Report on vaccination in Madras 1904-1921 - 1904-1921
Year: 1904
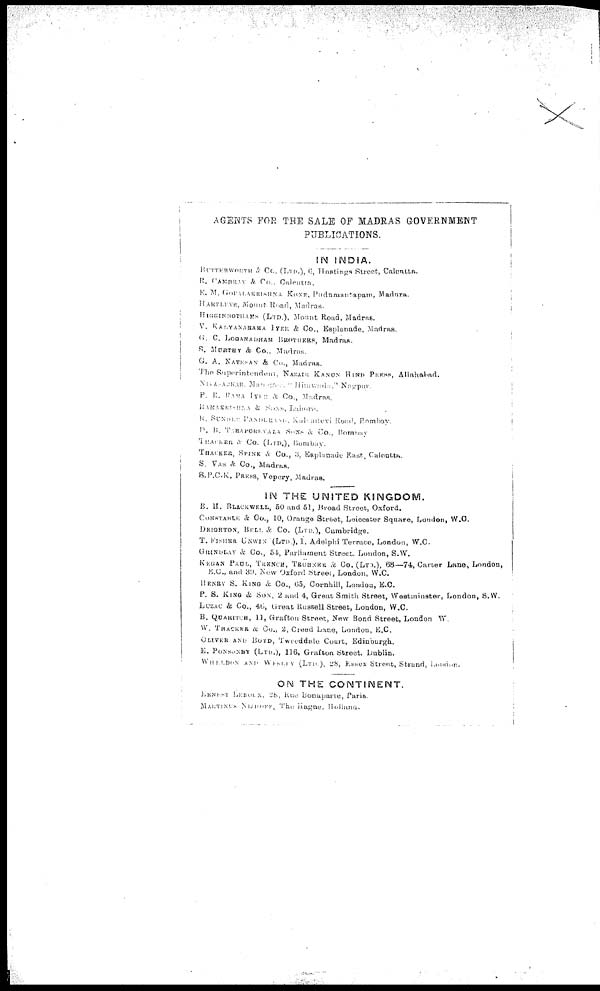
AGENTS FOR THE SALE OF MADRAS GOVERNMENT
PUBLICATIONS.
IN INDIA.
BUTTERWORTH & Co. (LTD.). 6, Hostings Street, Calcutta.
R. CAMBRAY &. Co., Calcutta.
E. M. GOPALKRISHNA KONE, Padumantapam, Madura.
HARTLEYS, MOUNT Road, Madras.
HIGGINBOTHAMS (LTD.), Mount Road, Madras.
V. KALYANARAMA IYER &. Co., Esplanade, Madras.
G. C. LOGANADHAM BROTHERS, Madras.
R. MURTHY & Co., Madras.
G. A. NATESAN & Co., Madras.
The Superintendent, NAZAIR KANUN HIND PRESS, Allahabad.
NIVASARKAR , Managers 11 Hitawada." Nagpur.
P. R. RAMA IYER & Co., Madras.
RAMAKRISHNA & SONS, Lahore.
R. SUNDER PANDURANG, Kaliadevi Road, Bombay.
!
D. B. TARAPOREVALA SONS & Co., Bombay
THACKER & Co. (LTD.), Bombay.
THACKER, SPINK & Co., 3, Esplanade East, Calcutta.
S. VAS & Co., Madras.
S.P.C.K. PRESS, Vepery, Madras.
IN THE UNITED KINGDOM.
B. H. BLACKWELL, 50 and 51, Rroad Street, Oxford.
CONSTABLE & Co., 10, Orange Street, Leicester Square, London, W.C.
DEIGHTON, BELL & Co. (LTD.), Cambridge.
T. FISHER UNWIN (LTD.), 1, Adelphi Terrace, London, W.C.
GRINDLAY & Co., 54, Parliament Street. London, S.W.
KEGAN PAUL , TRENCH, TRÜENER & Co. (LTD), 68—74, Carter Lane, London,
E.C., and 39. New Oxford Street, London, W.C.
HENRY S. KING & Co., 65, Cornhill, London, E.C.
P. S. KING & SON, 2 and 4, Great Smith Street, Westminster, London, S.W.
LUZAC & Co., 46, Great Russell Street, London, W.C.
B. QUARITCH, 11, Grafton Street, New Bond Street, London W.
W. THACKER & Co., 2, Creed Lane, London, E.C.
OLIVER AND BOYD, Tweeddale Court, Edinburgh.
E. PONSONBY (LTD.), 116, Grafton Street, Dublin.
WHELDON AND WESDLY (LTD), 28, Essex Street, Strand, London.
ON THE CONTINENT.
ERNEST LEBOUX, 28, Rue Bonaparte, Paris.
MARTINUS NIJHOFY, The Hague. Holland.